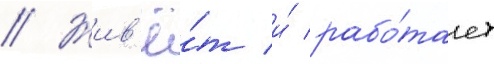
// Жив'ё́т и́ рабо́тает